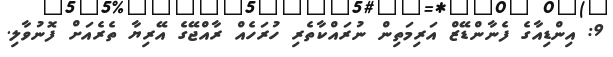
9: އިންޑިއާގެ ފެނާންޑޭޒް އަރިމަތިން ނުރައްކާތެރި ހުރަހެއް ރާއްޖޭގެ އޭރިޔާ ތެރެއަށް ފޮނުވާލި.